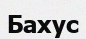
Бахус